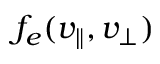
f _ { e } ( v _ { \| } , v _ { \perp } )